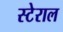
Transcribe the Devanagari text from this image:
स्टेराल